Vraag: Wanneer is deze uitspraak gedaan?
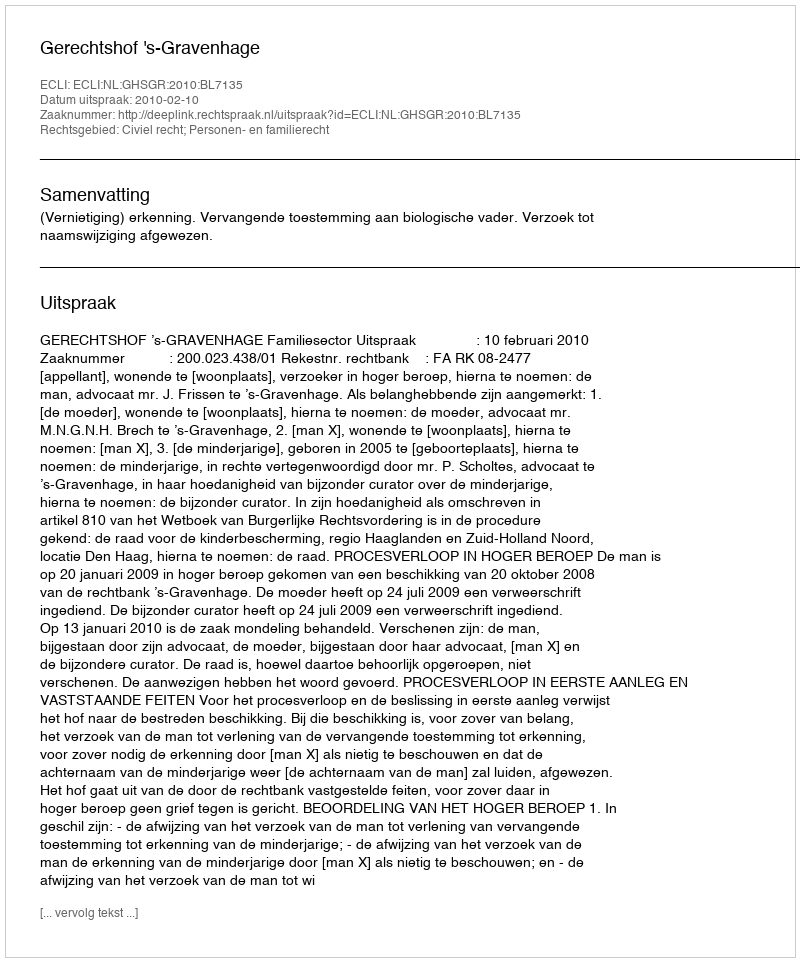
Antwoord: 2010-02-10